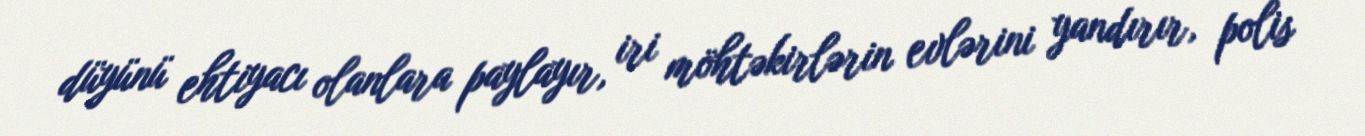
düyünü ehtiyacı olanlara paylayır, iri möhtəkirlərin evlərini yandırır, polis